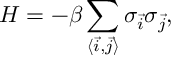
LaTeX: { \cal H } = - \beta \sum _ { \langle \vec { i } , \vec { j } \rangle } \sigma _ { \vec { i } } \sigma _ { \vec { j } } ,